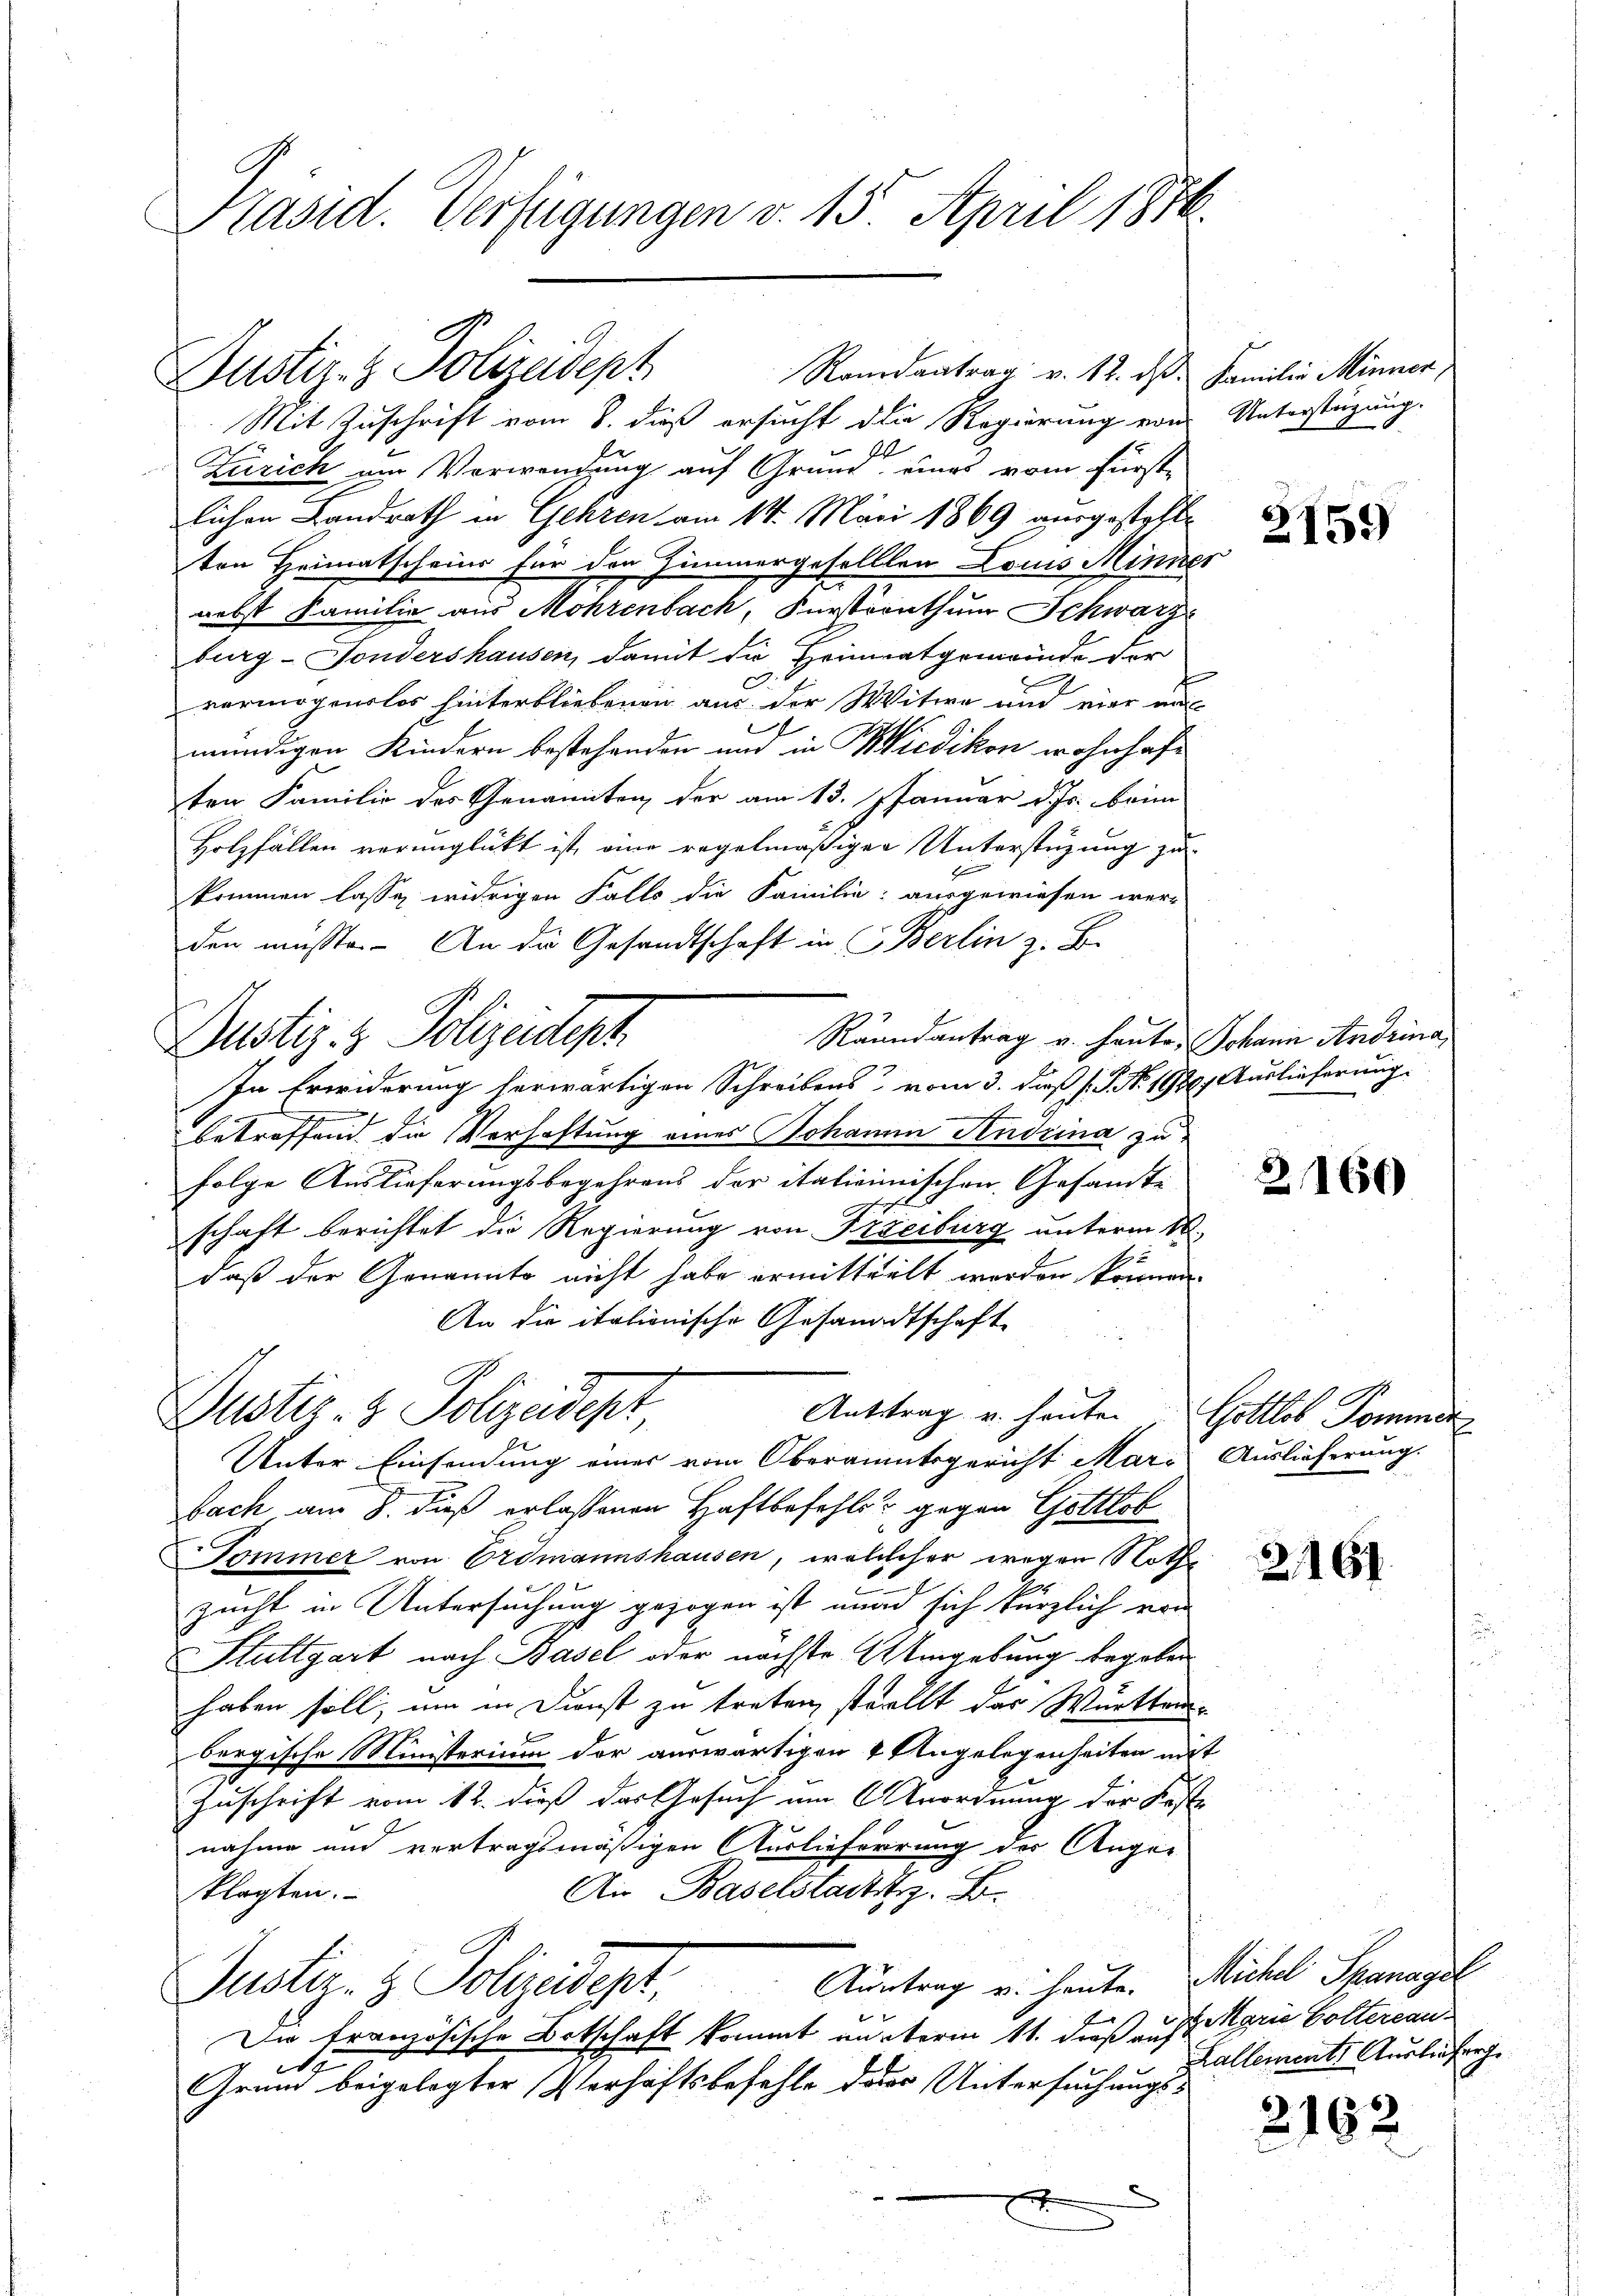
Präsid. Verfügungen v. 15. April 1816.

Dustiz- & Polizeidept

Justiz- & Polizeidept

Mit Zuschrift vom 8. dieß ersucht die Regierung von
Zürich am Verwendung auf Grund eines vom Fürste
lichen Landrath in Gehren am 14. Märi 1869 ausgesteht
ten Heimatschein für den Zimmergesellten Louis Mini
nebst Familie aus Mohrenbach, Fürsternthum Schwarburg-Fondershausen, damit die Heimatgemeinde der
vermögenslos hinterbliebenen aus der Witwe und vier in
mündigen Kindern bestehenden und in Wiedikon wohnhaften Familie des Genannten der am 13. Januar d. Js. beim
Holzfällen verunglückt ist eine regelmäßigen Unterstüzung zu
kommen lasse, widrigen Falls die Familie ausgewiesen wer-
den müsste. An die Gesandtschaft in Berlin z. B.
Räundantrag v. heute
In Erwiderung herwärtigen Schreibens vom 3. daß s. S. No. 19
betreffend die Verhaftung eines Johanne Sendrina zu
folge Auslieferungsbegehrens der italienischen Gesandte
schaft berichtet die Regierung von Freiburg unterm
daß der Genannte nicht habe ermitteilt werden könne.
An die italionische Gesandtschaft
Anttrag u. heuten.
Justiz- & Polizeidept
Unter Einsendung eines vom Oberaumtsgericht Marbach am 8. dieß erlassenen Haftbefehls gegen Gottlob
Tommer von Erdmannshausen, welcheher wegen Not
zucht in Untersuchung gezogen ist mund sich kürzlich vor
Stuttgart nach Basel oder nächste Umgebung begaben
haben soll, um in Dunst zu treten, stellt das Württe
bergische Ministerium der auswärtigen 4 Angelegenheiten u
Zuschrift vom 12. dieß das Gesuch um Anordnung der Se-
nahme und vertragsmäßigen Auslieferrung der Augen
An Baselstadt z. B.
klagten.
Auntrag v. heute.
Justiz- & Polizeideper,
Die französische Botschaft kommt munterm 11. dieß auf
d
Grund beigelegter Verhaftsbefehle der Untersuchungs-

Randantrag v. 12. ds.

Familie Minner,
Unterstützung.

h

ge

2159)

Johann Andrina
180. Auslieferung.

2166

Gottlis Pommer
Auslieferung.

2,167.

Michel Spanagel
de Marie Goltereau.
Lallements Ausliefer

2162